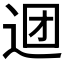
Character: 𰺹